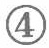
\textcircled{4}